Report on vaccination in Madras 1904-1921 - 1904-1921
Year: 1904
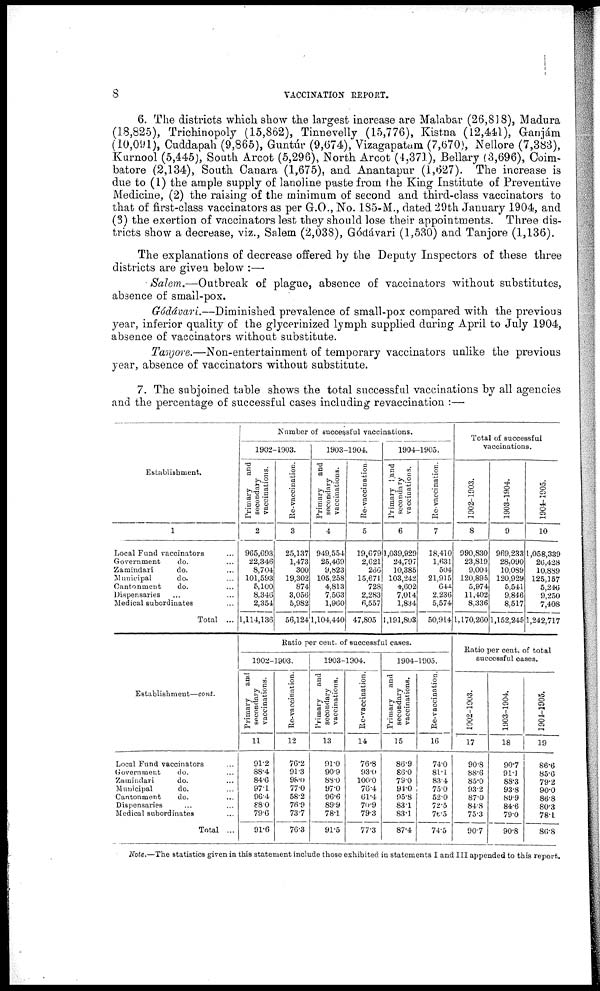
8
VACCINATION REPORT.
6. The districts which show the largest increase are Malabar (26,818), Madura
(18,825), Trichinopoly (15,862), Tinnevelly (15,776), Kistna (12,441), Ganjám
(10,091), Cuddapah (9,865), Guntúr (9,674), Vizagapatam (7,670), Nellore (7,383),
Kurnool (5,445), South Arcot (5,296), North Arcot (4,371), Bellary (3,696), Coim¬
batore (2,134), South Canara (1,675), and Anantapur (1,627). The increase is
due to (1) the ample supply of lanoline paste from the King Institute of Preventive
Medicine, (2) the raising of the minimum of second and third-class vaccinators to
that of first-class vaccinators as per G.O., No. 185-M., dated 29th January 1904, and
(3) the exertion of vaccinators lest they should lose their appointments. Three dis-
tricts show a decrease, viz., Salem (2,038), Gódávari (1,530) and Tanjore (1,136).
The explanations of decrease offered by the Deputy Inspectors of these three
districts are given below :—
Salem.—Outbreak of plague, absence of vaccinators without substitutes,
absence of small-pox.
Gódávari.—Diminished prevalence of small-pox compared with the previous
year, inferior quality of the glycerinized lymph supplied during April to July 1904,
absence of vaccinators without substitute.
Tanjore.—Non-entertainment of temporary vaccinators unlike the previous
year, absence of vaccinators without substitute.
7. The subjoined table shows the total successful vaccinations by all agencies
and the percentage of successful cases including revaccination :—
Establishment.
1
Local Fund vaccinators ...
Government
do. ...
Zamindari
do. ...
Municipal
do. ...
Cantonment
do. ...
Dispensaries ... ...
Medical subordinates ...
Total ...
Establishment—cont.
Local Fund vaccinators ...
Government
do. ...
Zamindari
do. ...
Municipal
do. ...
Cantonment
do. ...
Dispensaries ... ...
Medical subordinates ...
Total ...
Number of successful vaccinations.
1902-1903.
Primary and
secondary
vaccinations.
2
965,693
22,346
8,704
101,593
5,100
8,346
2,354
1,114,136
Re-vaccination.
3
25,137
1,473
300
19,302
874
3,056
5,982
56,124
1903-1904.
Primary and
secondary
vaccinations.
4
949,554
25,469
9,823
105,258
4,813
7,563
1,960
1,104,440
Re-vaccination.
5
19,679
2,621
266
15,671
728
2,283
6,557
47,805
1904-1905.
Primary and
secondary
vaccinations.
6
1,039,929
24,797
10,385
103,242
4,602
7,014
1,834
1,191,803
Re-vaccination.
7
18,410
1,631
504
21,915
644
2,236
5,574
50,914
Ratio per cent. of successful cases.
1902-1903.
Primary and
secondary
vaccinations.
11
91.2
88.4
84.6
97.1
96.4
88.0
79.6
91.6
Re-vaccination.
12
76.2
91.3
98.0
77.0
58.2
76.9
73.7
76.3
1903-1904.
Primary and
secondary
vaccinations.
13
91.0
90.9
88.0
97.0
96.6
89.9
78.1
91.5
Re-vaccination.
14
76.8
93.0
100.0
76.4
61.4
70.9
79.3
77.3
1904-1905.
Primary and
secondary
vaccinations.
15
86.9
86.0
79.0
94.0
95.8
83.1
83.1
87.4
Re-vaccination.
16
74.0
81.1
83.4
75.0
52.0
72.5
76.5
74.5
Total of successful
vaccinations.
1902-1903.
8
990,830
23,819
9,004
120,895
5,974
11,402
8,336
1,170,260
1903-1904.
9
969,233
28,090
10,089
120,929
5,541
9,846
8,517
1,152,245
1904-1905.
10
1,058,339
26,428
10,889
125,157
5,246
9,250
7,408
1,242,717
Ratio per cent. of total
successful cases.
1902-1903.
17
90.8
88.6
85.0
93.2
87.0
84.8
75.3
90.7
1903-1904.
18
90.7
91.1
88.3
93.8
89.9
84.6
79.0
90.8
1904-1905.
19
86.6
85.6
79.2
90.0
86.8
80.3
78.1
86.8
Note.—The statistics given in this statement include those exhibited in statements I and III appended to this report.